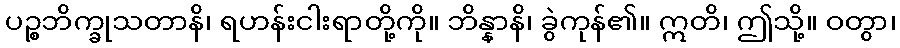
ပဉ္စဘိက္ခုသတာနိ၊ ရဟန်းငါးရာတို့ကို။ ဘိန္နာနိ၊ ခွဲကုန်၏။ ဣတိ၊ ဤသို့။ ဝတွာ၊